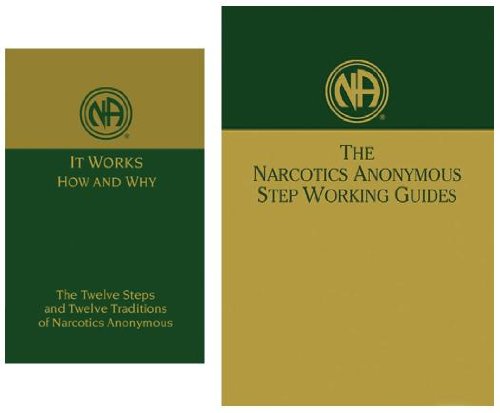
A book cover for Narcotics Anonymous: "It Works - How and Why" & "Step Working Guides"; Narcotics Anonymous; Crafts, Hobbies & Home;